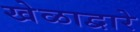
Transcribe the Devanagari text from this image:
खेळाद्वारे